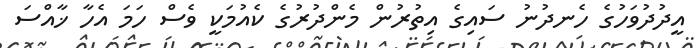
އީދުދުވަހުގެ ހެނދުނު ސައިގެ އިތުރުން މެންދުރުގެ ކެއުމަކީ ވެސް ހަމަ އެހާ ޚާއްސަ